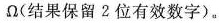
Ω(结果保留2位有效数字)。